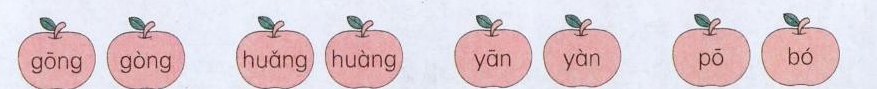
gōng gòng huǎng huàng yān yàn pō bó